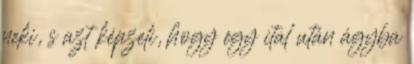
neki, s azt képzeli, hogy egy ital után ágyba